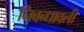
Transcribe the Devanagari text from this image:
निबन्धावली